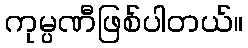
ကုမ္ပဏီဖြစ်ပါတယ်။